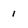
Character: 1